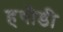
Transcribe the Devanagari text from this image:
हथौडी